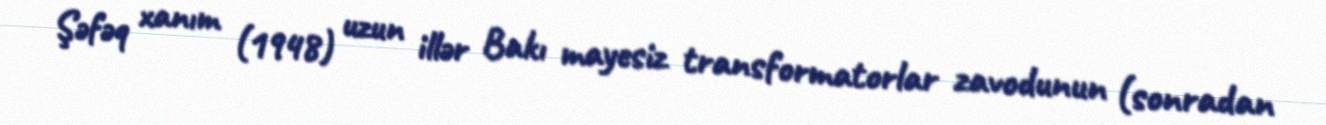
Şəfəq xanım (1948) uzun illər Bakı mayesiz transformatorlar zavodunun (sonradan